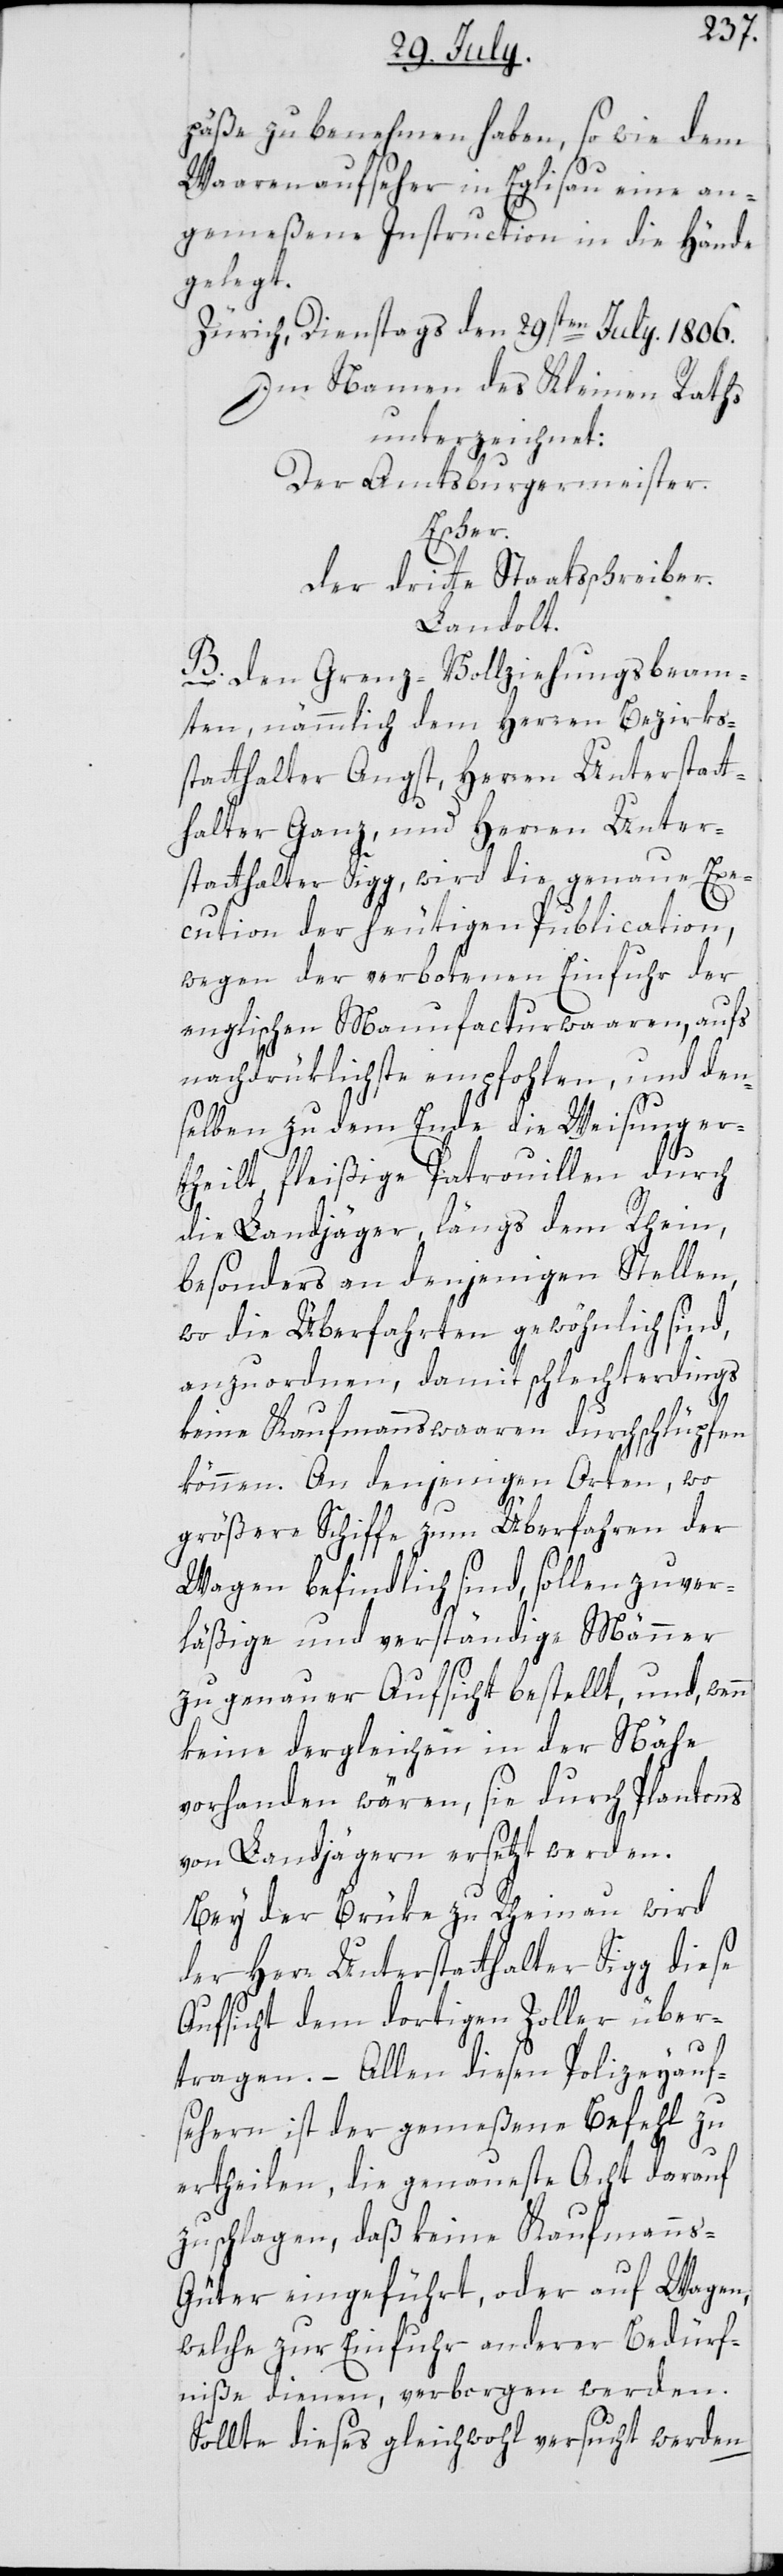
päße zu benehmen haben, sowie dem
Waarenaufseher in Eglisau eine an¬
gemeßene Instruction in die Hände
gelegt.
Zürich, Dienstags den 29sten July. 1806.
Im Namen des Kleinen Raths
unterzeichnet:
Der Amtsburgermeister.
Escher.
Der dritte Staatsschreiber.
Landolt.
B. Den Grenz-Vollziehungsbeam¬
ten, nämmlich dem Herren Bezirks¬
statthalter Angst, Herren Unterstatt¬
halter Ganz, und Herren Unter¬
statthalter Sigg, wird die genaue Exe¬
cution der heutigen Publication,
wegen der verbotenen Einfuhr der
englischen Manufacturwaaren, aufs
nachdrüklichste empfohlen, und den¬
selben zu dem Ende die Weisung er¬
theilt, fleißige Patrouillen durch
die Landjäger, längs dem Rhein,
besonders an denjenigen Stellen,
wo die Überfahrten gewöhnlich sind,
anzuordnen, damit schlechterdings
n
keine Kaufmannswaaren durchschlüpfen
können. An denjenigen Orten, wo
größere Schiffe zum Überfahren der
Wagen befindlich sind, sollen zuver¬
läßige und verständige Männer
zu genauer Aufsicht bestellt, und, wen¬
keine dergleichen in der Nähe
vorhanden wären, sie durch Plantons
von Landjägern ersetzt werden.
Bey der Brüke zu Rheinau wird
der Herr Unterstatthalter Sigg diese
Aufsicht dem dortigen Zoller über¬
tragen. – Allen diesen Polizeyauf¬
sehern ist der gemeßene Befehl zu
ertheilen, die genaueste Acht darauf
zu schlagen, daß keine Kaufmanns-G¬
üter eingeführt, oder auf Wagen,
welche zur Einfuhr anderer Bedürf¬
niße dienen, verborgen werden.
Sollte dieses gleichwohl versucht werden